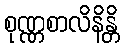
စုဏ္ဏစာလိနိန္တိ